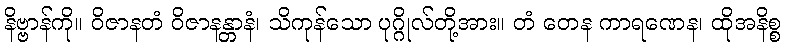
နိဗ္ဗာန်ကို။ ဝိဇာနတံ ဝိဇာနန္တာနံ၊ သိကုန်သော ပုဂ္ဂိုလ်တို့အား။ တံ တေန ကာရဏေန၊ ထိုအနိစ္စ